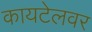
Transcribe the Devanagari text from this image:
कायटेलवर